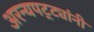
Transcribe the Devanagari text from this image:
अरन्यपट्ट्यांनी